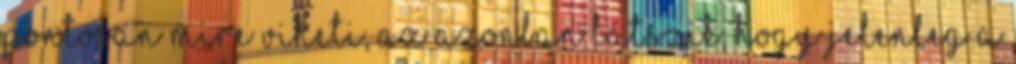
pontosan mire viheti, az azonban látszik, hogy jelenleg a